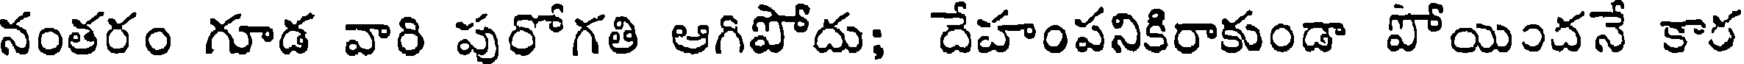
నంతరం గూడ వారి పురోగతి ఆగిపోదు; దేహంపనికిరాకుండా పోయిందనే కార